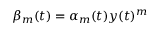
\beta _ { m } ( t ) = \alpha _ { m } ( t ) y ( t ) ^ { m }